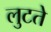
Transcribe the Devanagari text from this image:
लुटते